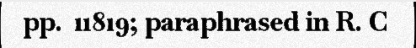
pp.  11819; paraphrased in R. C